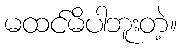
မထင်မိပါဘူးတဲ့။